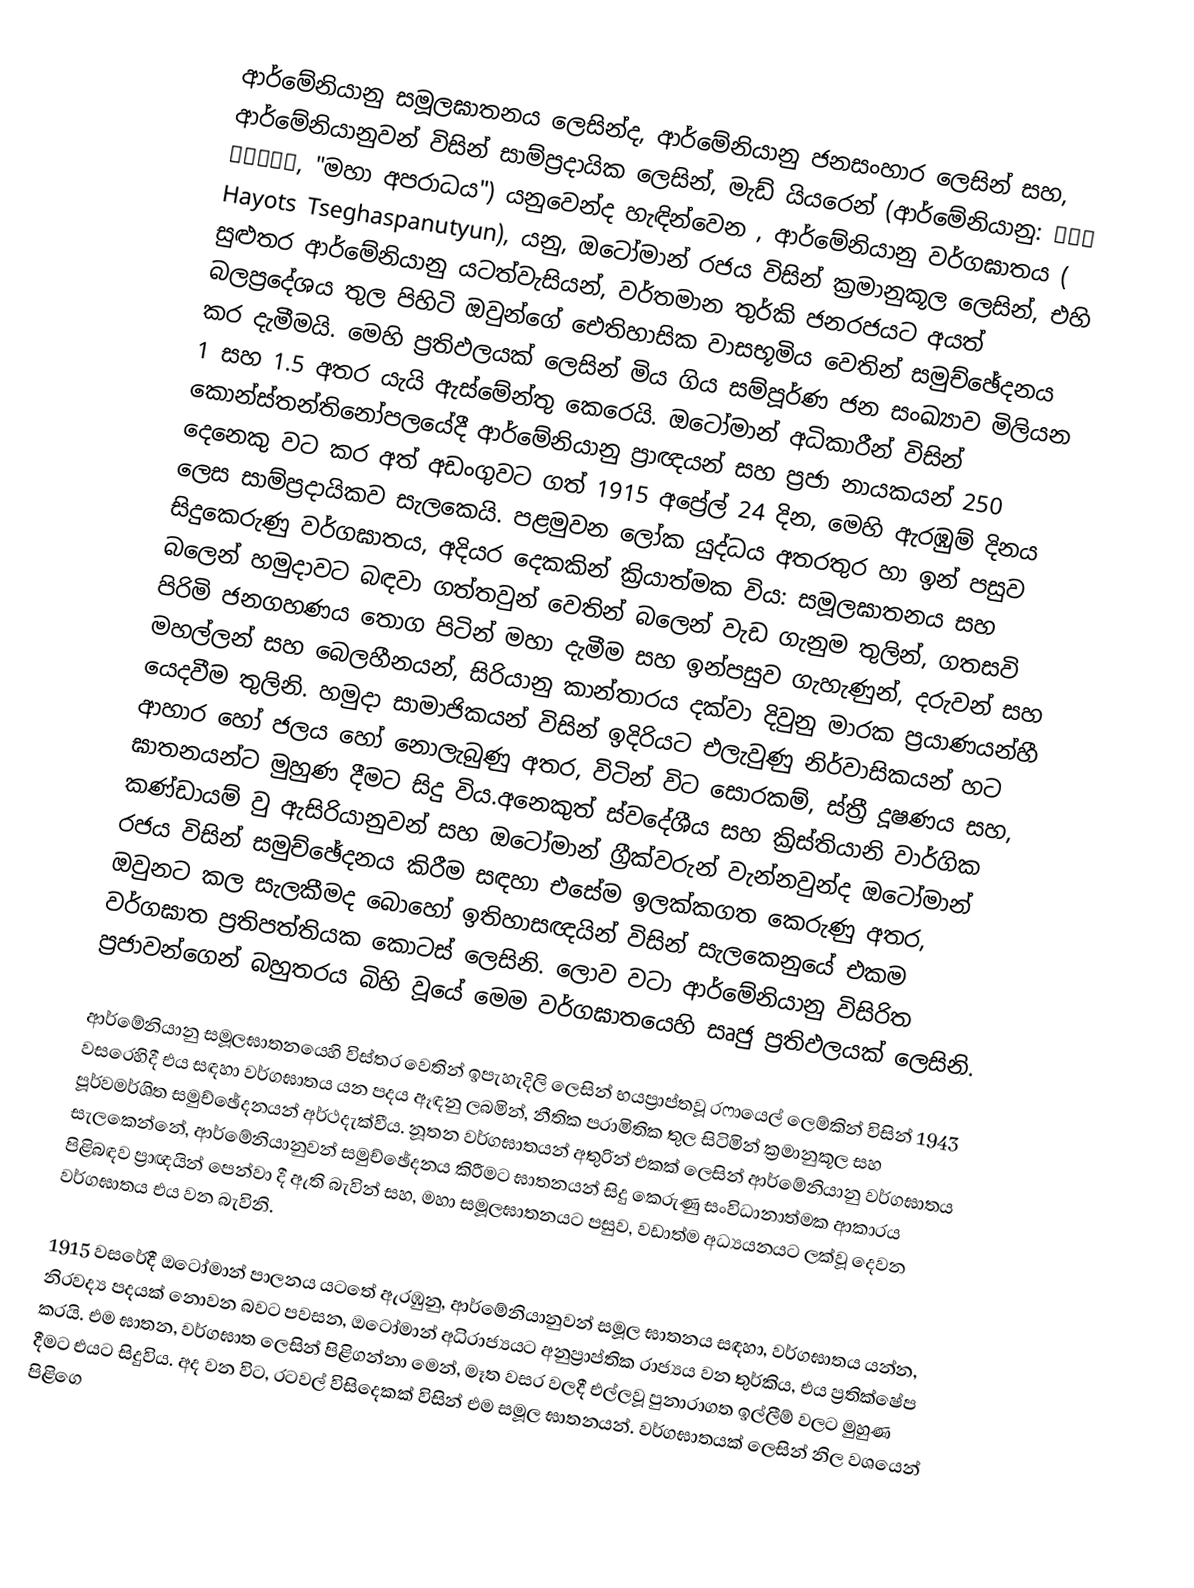
ආර්මේනියානු සමූලඝාතනය ලෙසින්ද, ආර්මේනියානු ජනසංහාර ලෙසින් සහ, ආර්මේනියානුවන් විසින් සාම්ප්‍රදායික ලෙසින්, මැඩ් යියරෙන් (ආර්මේනියානු: Մեծ Եղեռն, "මහා අපරාධය") යනුවෙන්ද හැඳින්වෙන , ආර්මේනියානු වර්ගඝාතය ( Hayots Tseghaspanutyun), යනු,  ඔටෝමාන් රජය විසින් ක්‍රමානුකූල ලෙසින්,  එහි සුළුතර ආර්මේනියානු යටත්වැසියන්, වර්තමාන තුර්කි ජනරජයට අයත් බලප්‍රදේශය තුල පිහිටි ඔවුන්ගේ ඓතිහාසික වාසභූමිය වෙතින් සමුච්ඡේදනය කර දැමීමයි. මෙහි ප්‍රතිඵලයක් ලෙසින් මිය ගිය සම්පූර්ණ ජන සංඛ්‍යාව මිලියන 1 සහ 1.5 අතර යැයි ඇස්මේන්තු කෙරෙයි. ඔටෝමාන් අධිකාරීන් විසින් කොන්ස්තන්තිනෝපලයේදී ආර්මේනියානු ප්‍රාඥයන් සහ ප්‍රජා නායකයන්  250 දෙනෙකු වට කර අත් අඩංගුවට ගත් 1915 අප්‍රේල් 24 දින, මෙහි ඇරඹුම් දිනය ලෙස සාම්ප්‍රදායිකව සැලකෙයි. පළමුවන ලෝක යුද්ධය අතරතුර හා ඉන් පසුව සිදුකෙරුණු  වර්ගඝාතය, අදියර දෙකකින් ක්‍රියාත්මක විය: සමූලඝාතනය සහ බලෙන් හමුදාවට බඳවා ගත්තවුන් වෙතින් බලෙන් වැඩ ගැනුම තුලින්,  ගතසවි පිරිමි ජනගහණය තොග පිටින් මහා දැමීම සහ ඉන්පසුව ගැහැණුන්, දරුවන් සහ මහල්ලන් සහ බෙලහීනයන්,  සිරියානු කාන්තාරය දක්වා දිවුනු මාරක ප්‍රයාණයන්හී යෙදවීම තුලිනි. හමුදා සාමාජිකයන් විසින් ඉදිරියට එලැවුණු නිර්වාසිකයන් හට ආහාර හෝ ජලය හෝ නොලැබුණු අතර, විටින් විට සොරකම්, ස්ත්‍රී දූෂණය සහ, ඝාතනයන්ට මුහුණ දීමට සිදු විය.අනෙකුත්  ස්වදේශීය සහ ක්‍රිස්තියානි වාර්ගික කණ්ඩායම් වු ඇසිරියානුවන් සහ ඔටෝමාන් ග්‍රීක්වරුන් වැන්නවුන්ද ඔටෝමාන් රජය විසින් සමුච්ඡේදනය කිරීම සඳහා එසේම ඉලක්කගත කෙරුණු අතර, ඔවුනට කල සැලකීමද බොහෝ ඉතිහාසඥයින් විසින් සැලකෙනුයේ එකම වර්ගඝාත ප්‍රතිපත්තියක කොටස් ලෙසිනි. ලොව වටා ආර්මේනියානු විසිරිත ප්‍රජාවන්ගෙන් බහුතරය බිහි වූයේ මෙම වර්ගඝාතයෙහි සෘජු ප්‍රතිඵලයක් ලෙසිනි.

ආර්මේනියානු සමූලඝාතනයෙහි විස්තර වෙතින් ඉපැහැදිලි ලෙසින් භයප්‍රාප්තවූ  රෆායෙල් ලෙම්කින් විසින්  1943 වසරෙහිදී එය සඳහා වර්ගඝාතය යන පදය ඈඳනු ලබමින්, නීතික පරාමිතික තුල සිටිමින් ක්‍රමානුකූල සහ පූර්වමර්ශිත සමුච්ඡේදනයන් අර්ථදැක්වීය. නූතන  වර්ගඝාතයන් අතුරින් එකක් ලෙසින් ආර්මේනියානු වර්ගඝාතය සැලකෙන්නේ, ආර්මේනියානුවන් සමුච්ඡේදනය කිරීමට ඝාතනයන් සිදු කෙරුණු සංවිධානාත්මක ආකාරය පිළිබඳව ප්‍රාඥයින් පෙන්වා දී ඇති බැවින් සහ, මහා සමූලඝාතනයට පසුව, වඩාත්ම අධ්‍යයනයට ලක්වූ දෙවන වර්ගඝාතය එය වන බැවිනි.

1915 වසරේදී ඔටෝමාන් පාලනය යටතේ ඇරඹුනු,  ආර්මේනියානුවන් සමූල ඝාතනය සඳහා, වර්ගඝාතය යන්න, නිරවද්‍ය පදයක් නොවන බවට පවසන,  ඔටෝමාන් අධිරාජ්‍යයට අනුප්‍රාප්තික රාජ්‍යය වන තුර්කිය, එය ප්‍රතික්ෂේප කරයි. එම ඝාතන, වර්ගඝාත ලෙසින් පිළිගන්නා මෙන්, මෑත වසර වලදී එල්ලවූ  පුනාරාගත ඉල්ලීම් වලට මුහුණ දීමට එයට සිදුවිය. අද වන විට, රටවල් විසිදෙකක් විසින් එම සමූල ඝාතනයන්. වර්ගඝාතයක් ලෙසින් නිල වශයෙන් පිළිගෙ